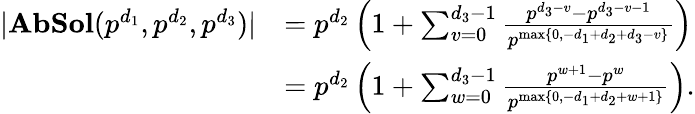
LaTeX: \begin{array}{rl}{|\mathbf{AbSol}(p^{d_{1}},p^{d_{2}},p^{d_{3}})|}&{=p^{d_{2}}\left(1+\sum_{v=0}^{d_{3}-1}\frac{p^{d_{3}-v}-p^{d_{3}-v-1}}{p^{\operatorname*{max}\{ 0,-d_{1}+d_{2}+d_{3}-v\} }}\right)}\\ &{=p^{d_{2}}\left(1+\sum_{w=0}^{d_{3}-1}\frac{p^{w+1}-p^{w}}{p^{\operatorname*{max}\{ 0,-d_{1}+d_{2}+w+1\} }}\right).}\end{array}